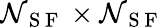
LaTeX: \mathcal{N}_{\mathrm{{~S~F~}}}\times\mathcal{N}_{\mathrm{{~S~F~}}}